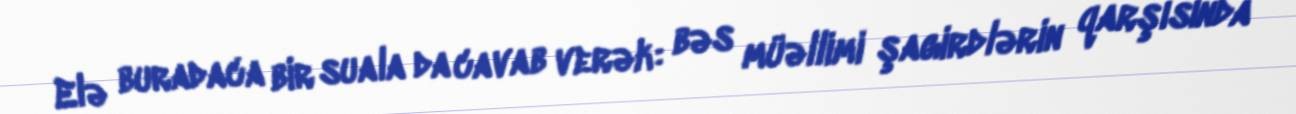
Elə buradaca bir suala da cavab verək: bəs müəllimi şagirdlərin qarşısında